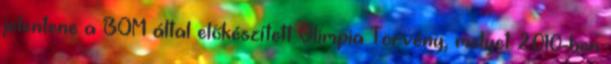
jelentene a BOM által előkészített Olimpia Törvény, melyet 2010-ben